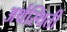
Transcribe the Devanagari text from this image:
अर्थस्थिती